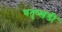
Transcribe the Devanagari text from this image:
चतुष्खंडी